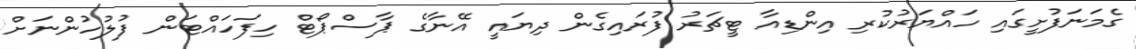
ގެމަނަފުށީގައި ހައްޔަރުކުރި އިންޑިއާ ޓީޗަރު ފުރައިގެން ދިޔައީ އޭނާގެ ޕާސްޕޯޓް ހިފަހައްޓަން ފުލުހުންނަށް